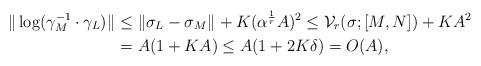
LaTeX: \begin{align*}\|\log(\gamma_M^{-1}\cdot\gamma_L)\|_{}&\leq \|\sigma_L-\sigma_M\|_{}+K(\alpha^{\frac1r}A)^2\leq \mathcal{V}_r(\sigma;[M,N])+KA^2\\&=A(1+KA)\leq A(1+2K\delta)=O(A),\end{align*}